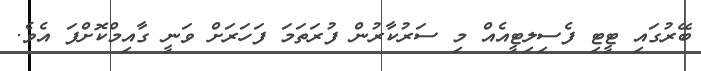
ބޭރުގައި ޓީޓި ފެސިލިޓީއެއް މި ސަރުކާރުން ފުރަތަމަ ފަހަރަށް ވަނީ ގާއިމްކޮށްފަ އެވެ.